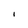
Character: I